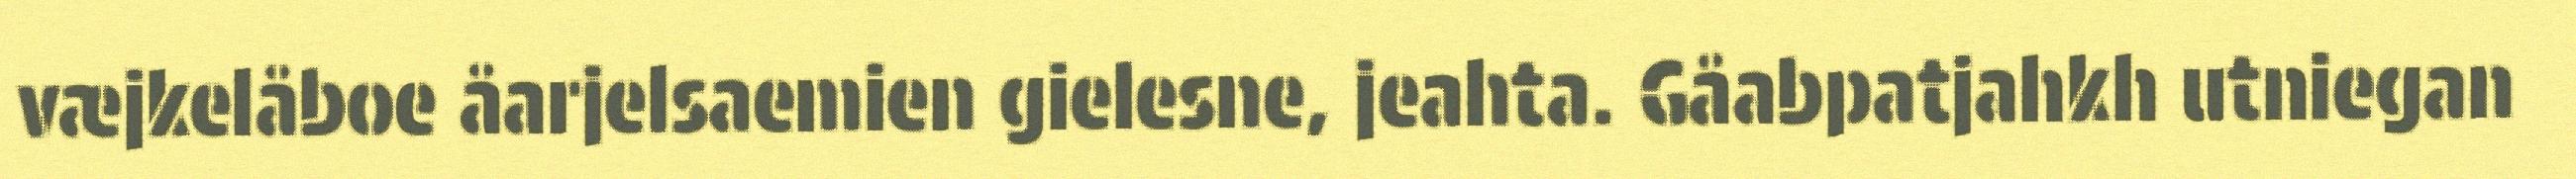
væjkelåboe åarjelsaemien gielesne, jeahta. Gåabpatjahkh utniegan